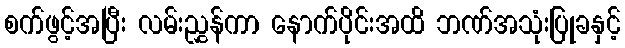
စက်ဖွင့်အပြီး လမ်းညွှန်ကာ နောက်ပိုင်းအထိ ဘဏ်အသုံးပြုခနှင့်